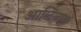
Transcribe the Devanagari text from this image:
आलिन्गन